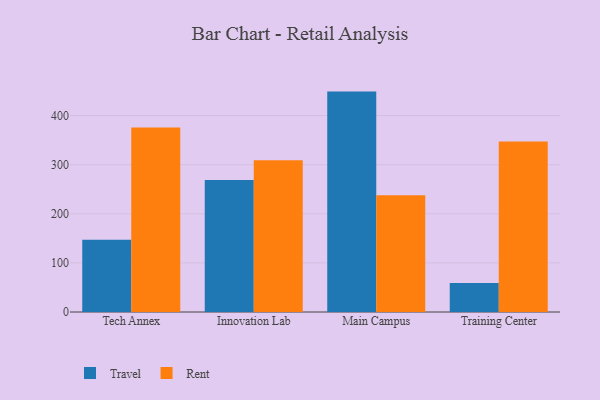
{"axis": {"x": "Campus", "y": "Inventory Turnover"}, "legend": ["Rent", "Travel"], "data": [{"x": "Tech Annex", "y": 147.3, "type": "Travel"}, {"x": "Tech Annex", "y": 375.6, "type": "Rent"}, {"x": "Innovation Lab", "y": 269.1, "type": "Travel"}, {"x": "Innovation Lab", "y": 309.0, "type": "Rent"}, {"x": "Main Campus", "y": 448.9, "type": "Travel"}, {"x": "Main Campus", "y": 237.6, "type": "Rent"}, {"x": "Training Center", "y": 59.1, "type": "Travel"}, {"x": "Training Center", "y": 347.1, "type": "Rent"}]}